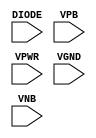
module sky130_fd_sc_ms__diode (
    //# {{power|Power}}
    input DIODE,
    input VPB  ,
    input VPWR ,
    input VGND ,
    input VNB
);
endmodule